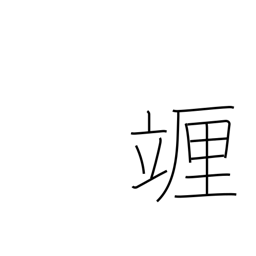
Meaning: centilitre